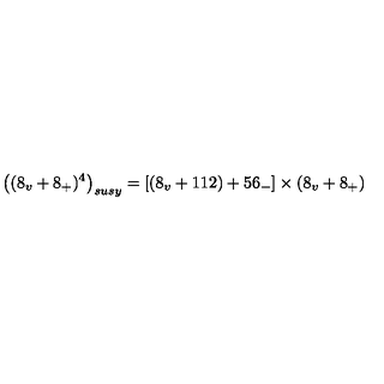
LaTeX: \left( ( 8 _ { v } + 8 _ { + } ) ^ { 4 } \right) _ { s u s y } = \left[ \left( 8 _ { v } + 1 1 2 \right) + 5 6 _ { - } \right] \times ( 8 _ { v } + 8 _ { + } )